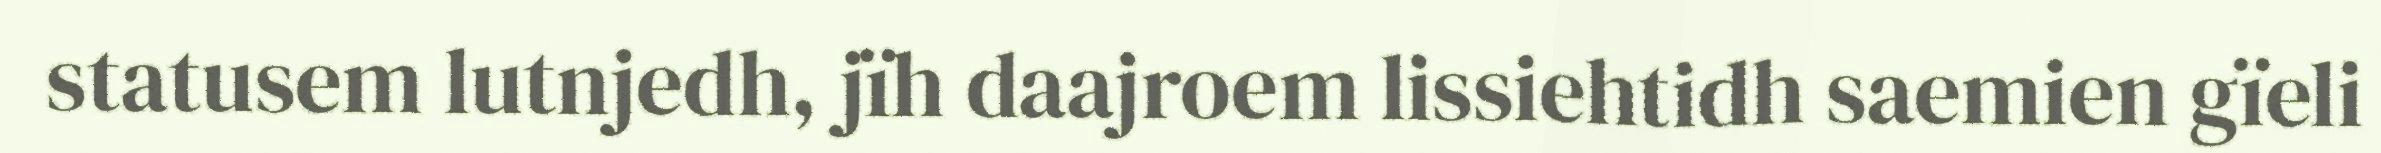
statusem lutnjedh, jïh daajroem lissiehtidh saemien gïeli